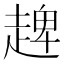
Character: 𧼠